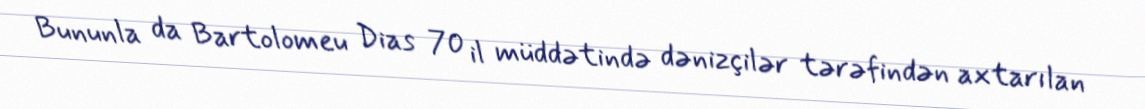
Bununla da Bartolomeu Dias 70 il müddətində dənizçilər tərəfindən axtarılan